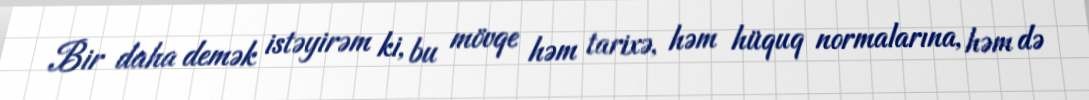
Bir daha demək istəyirəm ki, bu mövqe həm tarixə, həm hüquq normalarına, həm də